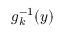
g _ { k } ^ { - 1 } ( y )